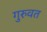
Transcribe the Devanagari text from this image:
गुरुवत